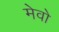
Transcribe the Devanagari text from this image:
मेवो